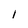
Character: I